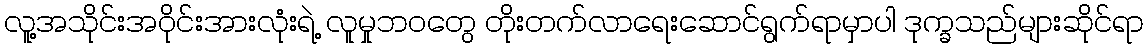
လူ့အသိုင်းအဝိုင်းအားလုံးရဲ့ လူမှုဘဝတွေ တိုးတက်လာရေးဆောင်ရွက်ရာမှာပါ ဒုက္ခသည်များဆိုင်ရာ